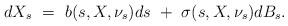
LaTeX: \begin{align*}dX_s ~=~ b(s,X,\nu_s)ds ~+~ \sigma(s, X,\nu_s)dB_s.\end{align*}